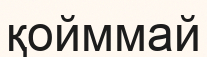
қойммай